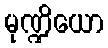
မုဏ္ဍိယော